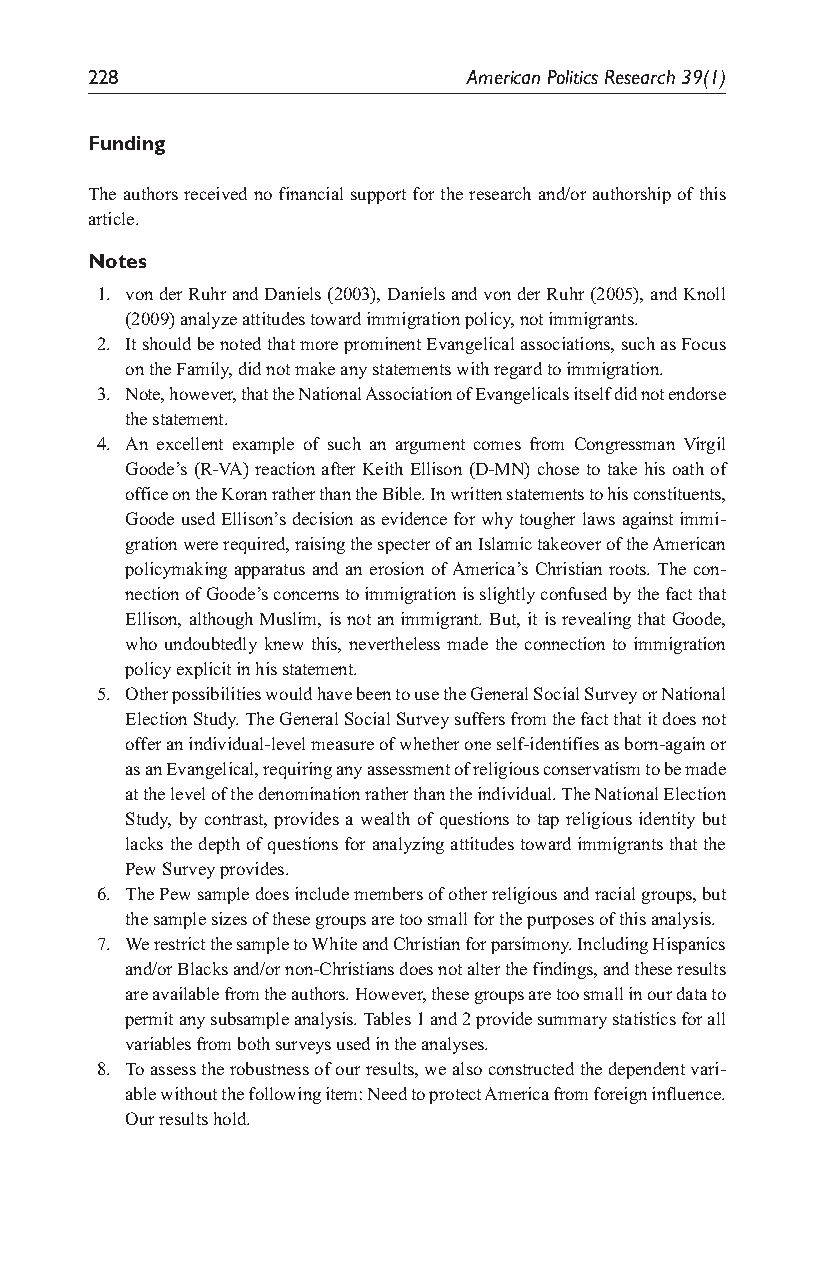
228                      American Politics Research 39(1)
 Funding
 The authors received no financial support for the research and/or authorship of this
 article.
 Notes
 1. von der Ruhr and Daniels (2003), Daniels and von der Ruhr (2005), and Knoll
 (2009) analyze attitudes toward immigration policy, not immigrants.
 2. It should be noted that more prominent Evangelical associations, such as Focus
 on the Family, did not make any statements with regard to immigration.
 3. Note, however, that the National Association of Evangelicals itself did not endorse
 the statement.
 4. An excellent example of such an argument comes from Congressman Virgil
 Goode’s (R-VA) reaction after Keith Ellison (D-MN) chose to take his oath of
 office on the Koran rather than the Bible. In written statements to his constituents,
 Goode used Ellison’s decision as evidence for why tougher laws against immi-
 gration were required, raising the specter of an Islamic takeover of the American
 policymaking apparatus and an erosion of America’s Christian roots. The con-
 nection of Goode’s concerns to immigration is slightly confused by the fact that
 Ellison, although Muslim, is not an immigrant. But, it is revealing that Goode,
 who undoubtedly knew this, nevertheless made the connection to immigration
 policy explicit in his statement.
 5. Other possibilities would have been to use the General Social Survey or National
 Election Study. The General Social Survey suffers from the fact that it does not
 offer an individual-level measure of whether one self-identifies as born-again or
 as an Evangelical, requiring any assessment of religious conservatism to be made
 at the level of the denomination rather than the individual. The National Election
 Study, by contrast, provides a wealth of questions to tap religious identity but
 lacks the depth of questions for analyzing attitudes toward immigrants that the
 Pew Survey provides.
 6. The Pew sample does include members of other religious and racial groups, but
 the sample sizes of these groups are too small for the purposes of this analysis.
 7. We restrict the sample to White and Christian for parsimony. Including Hispanics
 and/or Blacks and/or non-Christians does not alter the findings, and these results
 are available from the authors. However, these groups are too small in our data to
 permit any subsample analysis. Tables 1 and 2 provide summary statistics for all
 variables from both surveys used in the analyses.
 8. To assess the robustness of our results, we also constructed the dependent vari-
 able without the following item: Need to protect America from foreign influence.
 Our results hold.